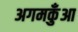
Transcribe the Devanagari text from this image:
अगमकुँआ